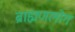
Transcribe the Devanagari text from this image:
ब्राह्मणलोग